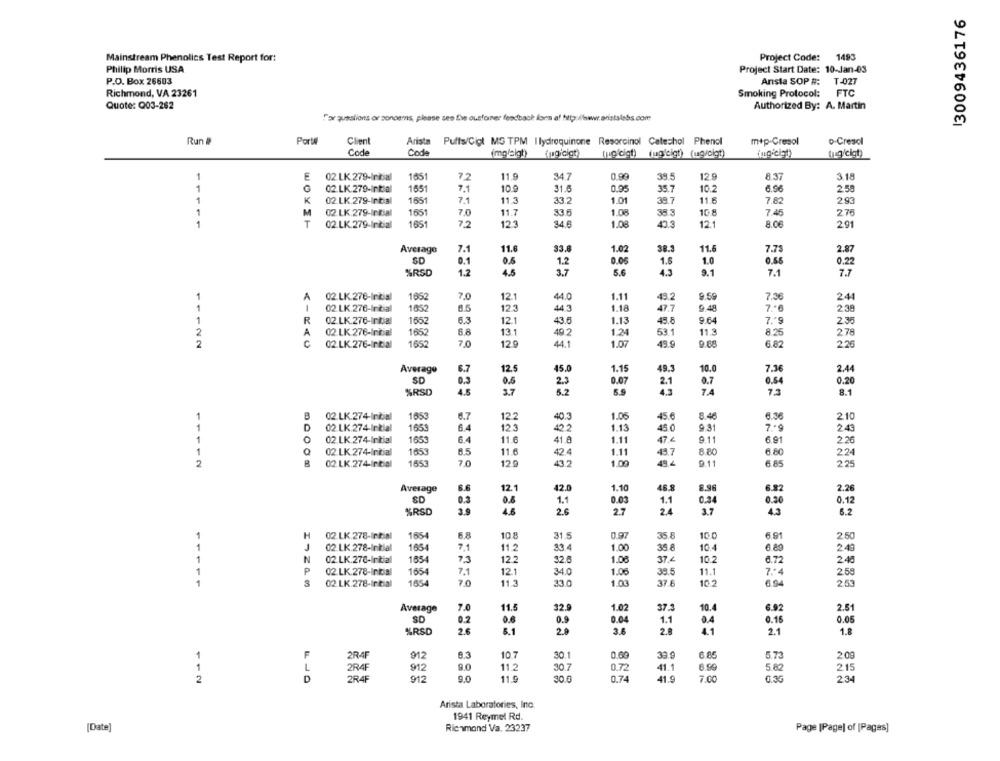
13009436176
Mainstream Phenolics Test Report for:
Project Code: 1493
Philip Morris USA
Project Start Date: 10-Jan-03
P.O. Box 26603
Arista SOP #: T-027
Richmond, VA 23261
Smoking Protocol: FTC
Quote: Q03-262
Authorized By: A. Martin
Far questions or concerns, please see the ousformer feedback fons a! http://www.aristalabs.com
Run #
Porte
Client
Arista
Puffs/Ciol MS TPM | lydroquinone Resorcinol Catechol Phenol
m+p-Cresol
o-Cresol
Code
Code
(mgleigt)
(pg cigt)
[po'cigh) fug'cigt) (ug/cigt)
(jag/cigt)
1
E
02 LK 279-Initial
1651
7.2
11.9
34 7
0.99
38.5
12.9
8.37
3.18
1
02.LK.279-Initial
1651
7.1
10.9
31.6
0.95
35.7
10.2
6.96
2,58
1
02 LK.279-Initial
1651
11.3
33.2
1.0
38.7
11.8
K
7.1
7.82
2.93
1
M
02 LK 279-Initial
1651
7,0
11.7
33.6
1.00
38.3
108
7.45
275
1
T
02.LK.279-Initial
1651
72
123
34.6
1.08
40.3
121
8.06
291
Average
7.1
11.6
33.
1.02
38.3
11.
7.75
2.87
SD
0.1
0.5
1.2
0.06
1.6
1.0
0.65
0.22
%RSD
1.2
3.7
5.6
4.9
9.1
7.1
7.7
A
02.LK.276-Initial
1652
7.0
12.1
1.11
49.2
9.59
7.36
244
1
44.0
02 LK.276-Inicial
1652
123
44.3
1.18
47.7
9.48
7 .- 6
2.38
1
R
02 LK.276-Intial
1657
6.3
12.1
1.13
45.8
9.64
43.6
7. 9
2.35
2
A
02 LK 276-Initial
1652
68
13.1
49.2
1.24
53.1
11.3
8.25
278
C
1652
7.0
44.1
1.07
49.9
9.88
6.82
129
2.26
Average
6.7
12.5
45.0
1.15
49.3
10.0
7.36
2.44
SD
0.5
0.20
0.3
2.3
0.07
2.1
0.7
0.64
%RSD
4.5
37
5.2
4.5
7.4
7.3
8.1
B
02.LK.274-Initial
1653
6.7
12.2
40.3
1.05
45.6
8.46
6.36
210
D
1653
6.4
123
422
1.13
45.0
7 .· 9
02 LK.274-Initial
9.31
2.43
0
02 LK 274-Initial
1653
6.4
11.6
41.8
1.11
47.4
9.11
6.91
2.26
0
1453
11.6
6.80
02 LK 274-Initial
8.5
42.4
1.11
43.7
22
11112
02 LK.274-Initial
1653
7.0
12 9
43.2
1.00
49.4
9.11
6.85
2.25
Average
6.6
42.0
1.10
46.8
8.96
6.82
2.26
12.1
SD
0.3
1.1
0.03
0.34
0.12
%RSD
3.9
2.6
2.7
1.1
2.4
3.7
0.20
4.3
6.2
H
02 LK.278-Intial
165
6.8
10.8
31 5
0.97
35.8
100
6.91
2.50
02 LK 278-Inklal
1654
11.2
33.4
1.00
35.8
10.4
2.40
1
N
02.LK.278-Initial
1654
7.3
12.2
32.6
1.08
37.4
10.2
6.72
2.40
P
02 LK.278-Initial
1654
7.1
12.1
1.06
11.1
7 .- 4
2.58
34.0
39.5
02 LK.278-Initial
1654
7.0
11.3
33.0
1.03
37.6
10.2
6.94
2.53
Average
7.0
11.5
32.9
1.02
37.5
10.4
6.92
2.51
SD
0.2
0.6
0.9
0.04
1.1
0,4
0.15
0.05
%RSD
2.6
5.1
20
2,5
1.8
912
10.7
30.1
0.69
30 g
6.85
5.73
2.09
F
2R4F
L
2R4F
912
9.0
11.2
30.7
0.72
41.1
6.90
5.82
215
D
2R4F
912
9.0
11.9
30.0
0.74
41.9
0.3G
2
7.00
234
Arista Laboratories, Inc.
1941 Reymel Rd.
[Date]
Richmond Va. 23237
Page [Page] of [Pages]